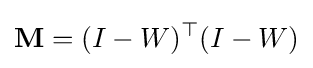
\mathbf {M} =(I-W)^{\top }(I-W)